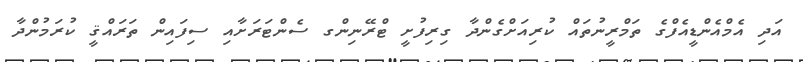
އަދި އެމްއެންޑީއެފްގެ ތަމްރީނުތައް ކުރިއަށްގެންދާ ގިރިފުށީ ޓްރޭނިންގ ސެންޓަރަށާއި ސިފައިން ތަރައްޤީ ކުރަމުންދާ